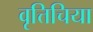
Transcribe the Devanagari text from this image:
वृत्तिचिया